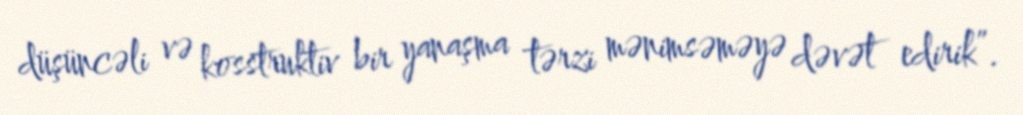
düşüncəli və kosstruktiv bir yanaşma tərzi mənimsəməyə dəvət edirik”.